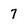
Character: 7